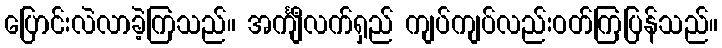
ပြောင်းလဲလာခဲ့ကြသည်။ အင်္ကျီလက်ရှည် ကျပ်ကျပ်လည်းဝတ်ကြပြန်သည်။